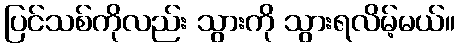
ပြင်သစ်ကိုလည်း သွားကို သွားရလိမ့်မယ်။